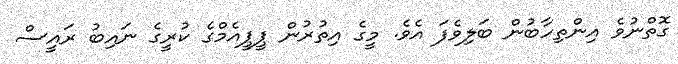
ގޮތްނުވެ އިންތިހާބުން ބަލިވެފަ އެވެ. މީގެ އިތުރުން ޕީޕީއެމްގެ ކުރީގެ ނައިބު ރައީސް